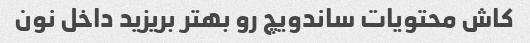
کاش محتویات ساندویچ رو بهتر بریزید داخل نون